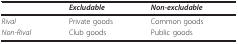
<table><thead><tr><td></td><td><b><i>Excludable</i></b></td><td><b><i>Non-excludable</i></b></td></tr></thead><tbody><tr><td><i>Rival</i></td><td>Private goods</td><td>Common goods</td></tr><tr><td><i>Non-Rival</i></td><td>Club goods</td><td>Public goods</td></tr></tbody></table>